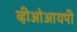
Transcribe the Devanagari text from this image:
व्हीओआयपी